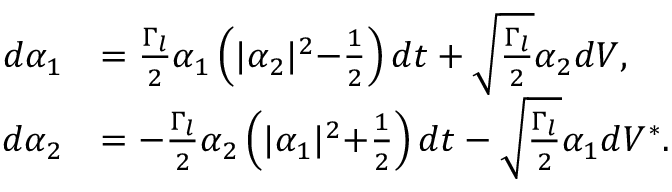
\begin{array} { r l } { d \alpha _ { 1 } } & { = \frac { \Gamma _ { l } } { 2 } \alpha _ { 1 } \left( \lvert \alpha _ { 2 } \lvert ^ { 2 } - \frac { 1 } { 2 } \right) d t + \sqrt { \frac { \Gamma _ { l } } { 2 } } \alpha _ { 2 } d V , } \\ { d \alpha _ { 2 } } & { = - \frac { \Gamma _ { l } } { 2 } \alpha _ { 2 } \left( \lvert \alpha _ { 1 } \lvert ^ { 2 } + \frac { 1 } { 2 } \right) d t - \sqrt { \frac { \Gamma _ { l } } { 2 } } \alpha _ { 1 } d V ^ { * } . } \end{array}